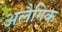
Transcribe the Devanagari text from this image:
अलैगिक